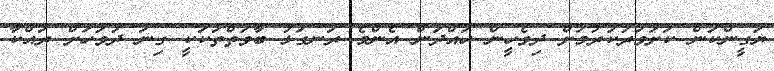
ޔަގީންކަން ކަށަވަރުކުރުމަށް ދިވެހީން ހައްދަން އެންމެ ރަނގަޅު ބާވަތްތަކަކީ ގިނަ ދުވަހަށް ރައްކާ